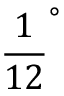
\frac { 1 } { 1 2 } ^ { \circ }